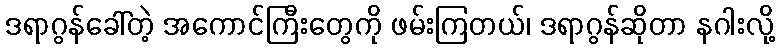
ဒရာဂွန်ခေါ်တဲ့ အကောင်ကြီးတွေကို ဖမ်းကြတယ်၊ ဒရာဂွန်ဆိုတာ နဂါးလို့